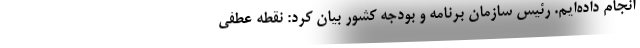
انجام داده‌ایم. رئیس سازمان برنامه و بودجه کشور بیان کرد: نقطه عطفی